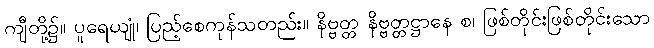
ကျီတို့၌။ ပူရေယျုံ၊ ပြည့်စေကုန်သတည်း။ နိဗ္ဗတ္တ နိဗ္ဗတ္တဋ္ဌာနေ စ၊ ဖြစ်တိုင်းဖြစ်တိုင်းသော